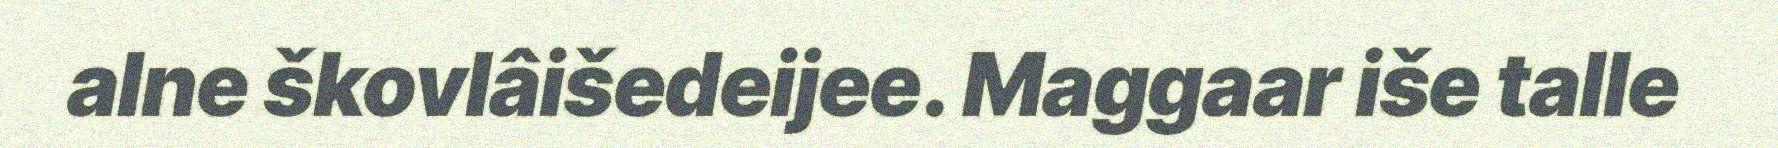
alne škovlâišedeijee. Maggaar iše talle